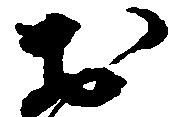
於